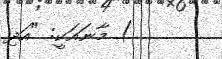
) މާނައަކީ: "އަދި